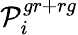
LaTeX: \mathcal{P}_{i}^{gr+rg}